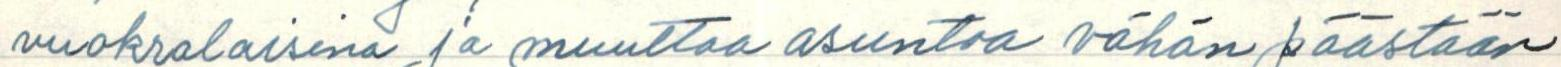
vuokralaisena ja muuttaa asuntoa vähän päästään